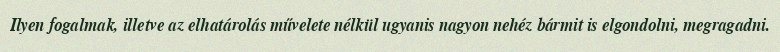
Ilyen fogalmak, illetve az elhatárolás művelete nélkül ugyanis nagyon nehéz bármit is elgondolni, megragadni.